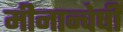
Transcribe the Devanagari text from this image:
मीनान्वेषी